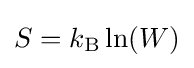
S=k_{\mathrm {B} }\ln(W)